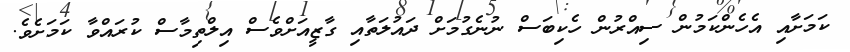
ކަމަށާއި އެހެންކަމުން ސިއްރުން ހެކިބަސް ނުނެގުމަށް ދައުލަތާއި ގާޒީއަށްވެސް އިލްތިމާސް ކުރައްވާ ކަމަށެވެ.